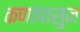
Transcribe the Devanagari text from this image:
कणांपासुन